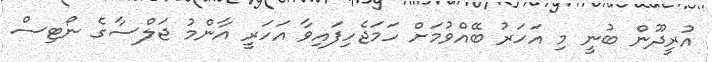
އުރީދޫން ބުނީ މި އަހަރު ބޭއްވުމަށް ހަމަޖެހިފައިވާ އަހަރީ އާންމު ޖަލްސާގެ ނޯޓިސް